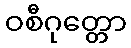
ဝစီဂုတ္တော